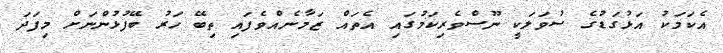
އެކަމަކު އަޅުގަޑުގެ ސުވަލަކީ ނޫސްވެރިކަމުގައި އެތައް ޒަމާނެއްވެފައި ތިބޭ ހަރު ބޭފުޅުންނަށް މިފަދަ